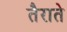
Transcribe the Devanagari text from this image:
तैराते